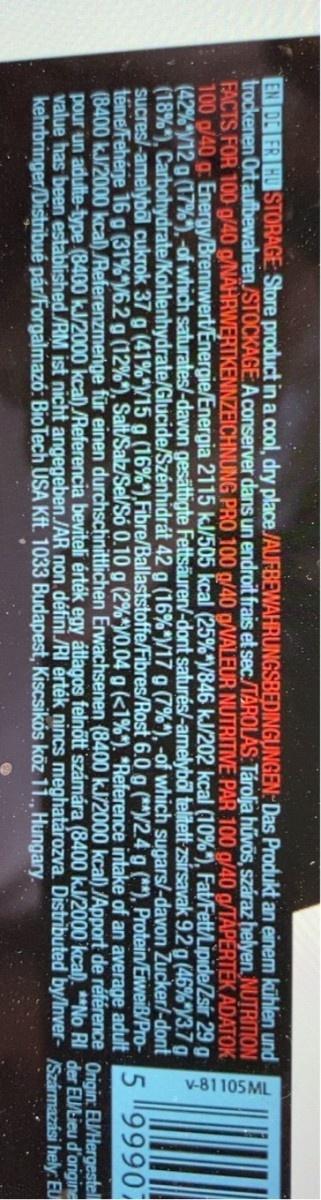
v-81105ML
EN DE FR HU STORAGE: Store product in a cool, dry place./AUFBEWAHRUNGSBEDINGUNGEN: Das Produkt an einem kühlen und trockenen Ort aufbewahren/STOCKAGE:A conserver dans un endroit frais et sec./TÁROLÁS: Tárolja hűvös, száraz helyen NUTRITION FACTS FOR 100 g/40 g/NAHRWERTKENNZEICHNUNG PRO 100 g/40 g/NALEUR NUTRITIVE PAR 100 g/40 g/TÁPERTÉK ADATOK 100 g/40 g: Energy/Brennwert/Energie/Energia 2115 kJ/505 kcal (25%")/846 kJ/202 kcal (10%*), Fat/Fett/Lipide/Zsir 29 g (42% V12 g (17%),-of which saturates/-davon gesättigte Fettsäuren/-dont saturés/-amelyből telitett zsírsavak 9.2g (46%"y3.7 g (18%), Carbohydrate/Kohlenhydrate/Glucide/Szénhidrát 42 g (16%")/17 g (7%*), -of which sugars/-davon Zucker/-dont sucres/-amelybol cukrok 37 g (41%*/15 g (16%*),Fibre/Ballaststoffe/Fibres/Rost 6.0 g (**/2.4 g (*), Protein/Eiweiß/Pro- téine/Fehérje 16 g (31%"/6.2 g (12%*), Salt/Salz/Sel/Só 0.10 g (2%*/0.04 g (<1%"). *Reference intake of an average adult (8400 k.J/2000 kcal) /Referenzmenge für einen durchschnittlichen Erwachsenen (8400 kJ/2000 kcal) /Apport de référence Origin: EU/Hergestel pour un adulte-type (8400 kJ/2000 kcal)/Referencia beviteli érték egy átlagos felnőtt számára (8400 k./2000 kcal). **No RI der EULieu d'origine value has been established /RM ist nicht angegeben./AR non défini./RI érték nincs meghatározva. Distributed by/Inver- Származási hely EU kehrbringer/Distribué pár/Forgalmazó: BioTech USA Kft. 1033 Budapest, Kiscsikós köz 11., Hungary.
5 99907